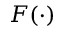
F ( \cdot )